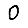
Digit: 0